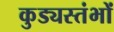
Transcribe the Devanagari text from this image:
कुड्यस्तंभों